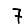
Digit: 7